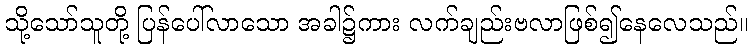
သို့သော်သူတို့ ပြန်ပေါ်လာသော အခါ၌ကား လက်ချည်းဗလာဖြစ်၍နေလေသည်။